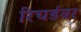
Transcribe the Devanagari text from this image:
रिचर्डवर